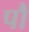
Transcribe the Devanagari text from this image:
पौं